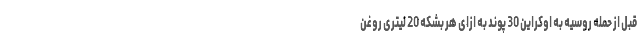
قبل از حمله روسیه به اوکراین 30 پوند به ازای هر بشکه 20 لیتری روغن